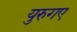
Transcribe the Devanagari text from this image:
युरुगए